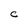
Character: C